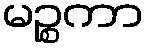
မဉ္စကာ